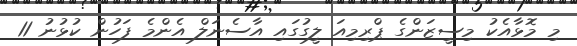
މި މޮޅާއެކު މިސީޒަންގެ ޕްރިމިއަ ލީގުގައި އާސެނަލް އެންމެ ފަހުން ކުޅުނު 11